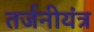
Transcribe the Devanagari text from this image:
तर्जनीयंत्र